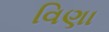
વિણા